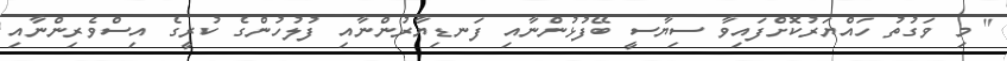
" މި ވަގުތު ހައްޔަރުކޮށްފައިވާ ސިޔާސީ ބޭފުޅުންނާއި ފަނޑިޔާރުންނާއި ފުލުހުންގެ ކުރީގެ އިސްވެރިންނާއި